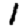
Digit: 1